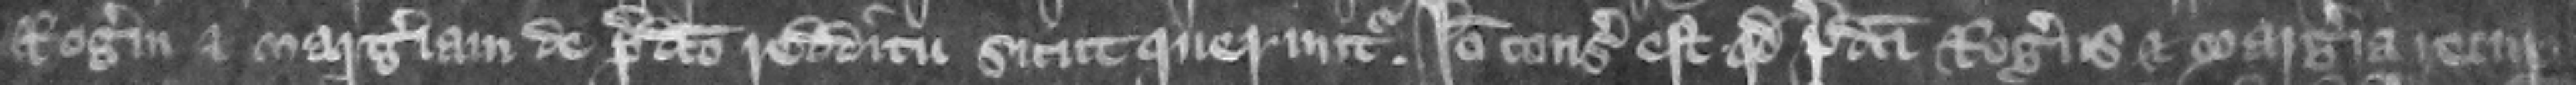
Rogerum et Margeriam de predicto redditu scut queruntur. Ideo consideratum est quod predicti Rogers et Margeria recuper